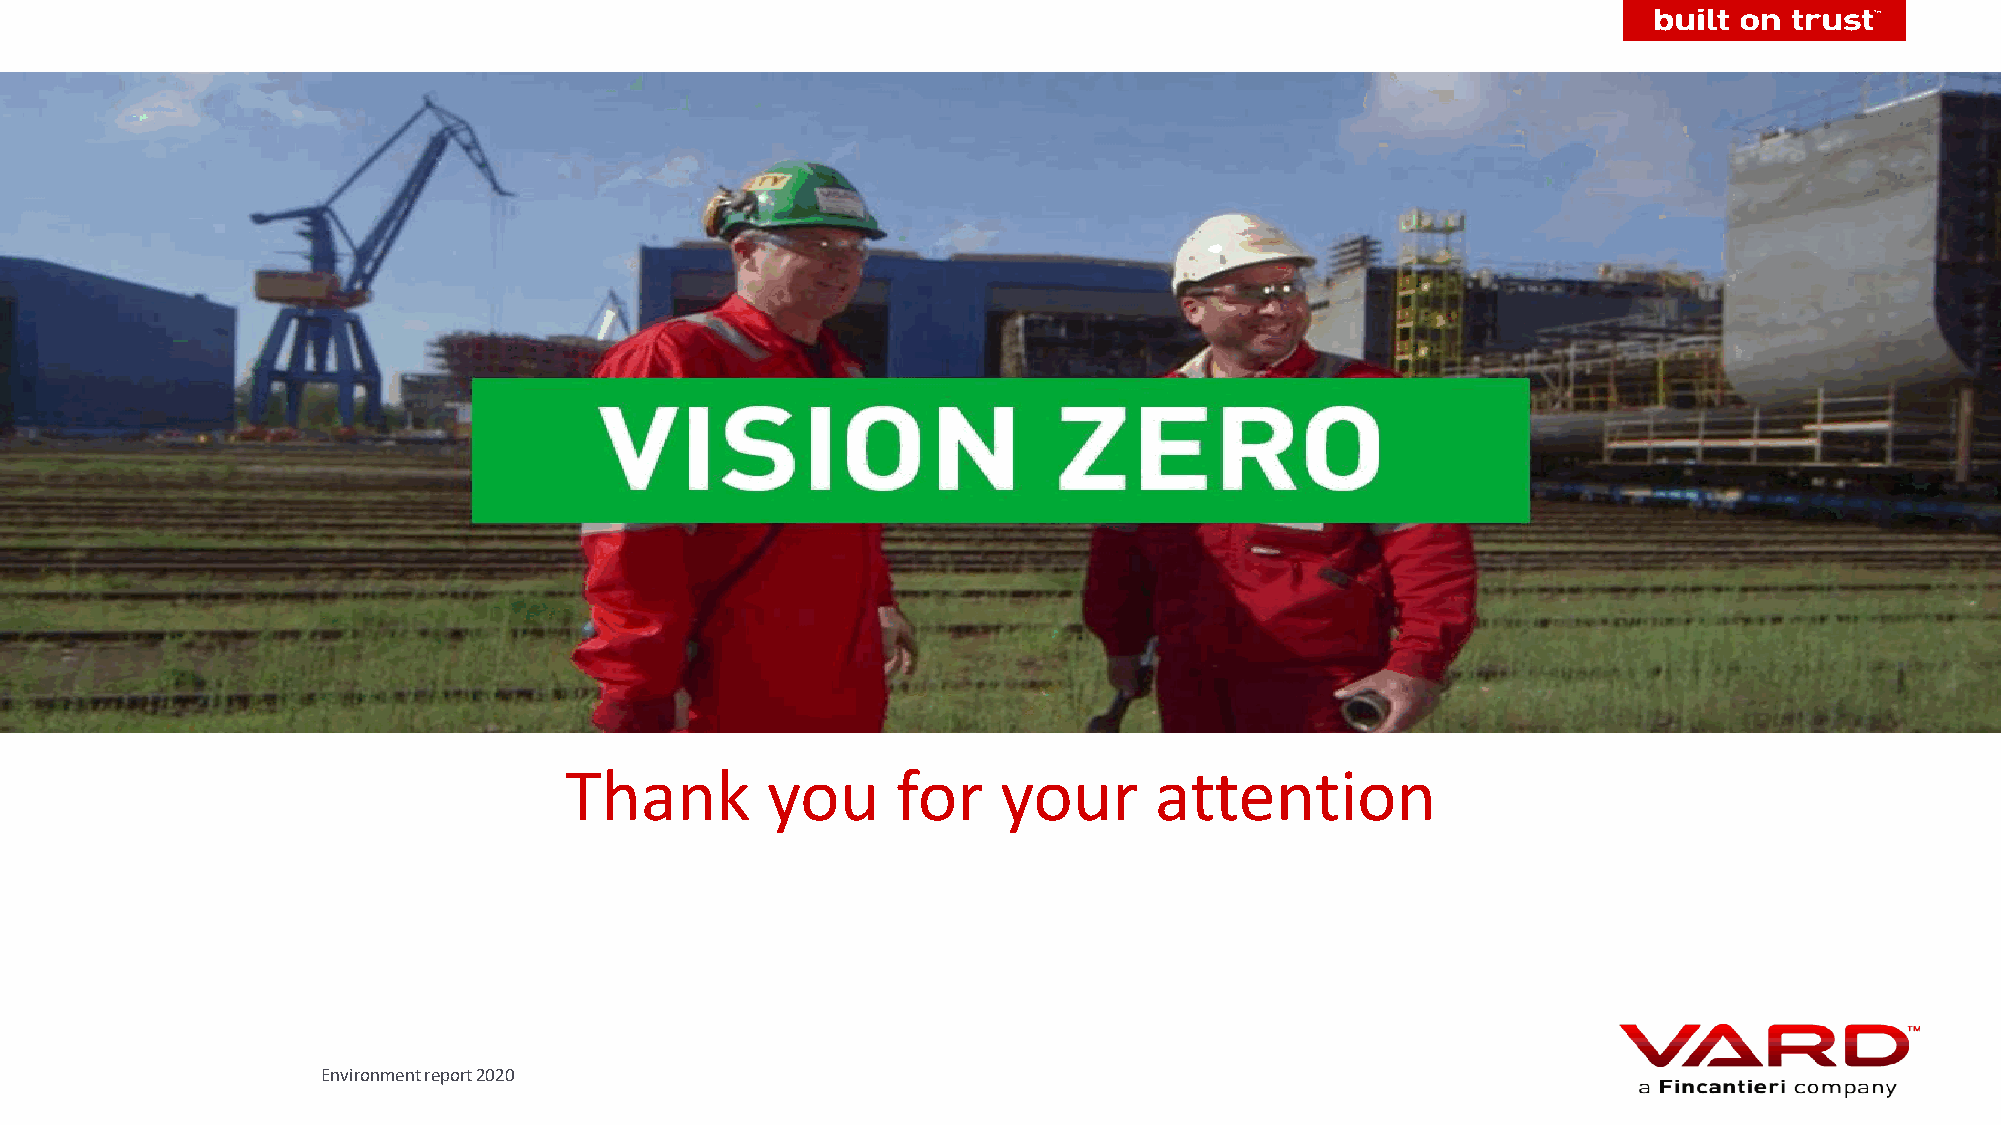
Thank         you     for    your      attention
 Environment report 2020
 European network for Health Technology Assessment | JA2 2012-2015 | www.eunethta.eu